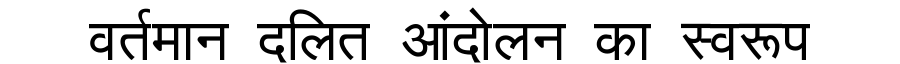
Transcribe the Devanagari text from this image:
वर्तमान दलित आंदोलन का स्वरूप